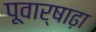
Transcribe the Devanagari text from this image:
पूवार्षाढ़ा